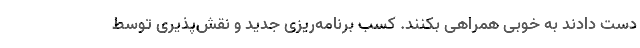
دست دادند به خوبی همراهی بکنند. کسب برنامه‌ریزی جدید و نقش‌پذیری توسط